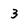
Character: 3